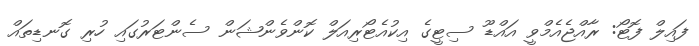
ފައިލް ފޮޓޯ: ރާއްޖެއެމްވީ އައްޑޫ ސިޓީގެ އިކުއެޓޯރިއަލް ކޮންވެންޝަން ސެންޓަރުގައި ހުރި ގޮނޑިތައް